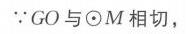
\(\because GO与\odot M相切\)，